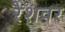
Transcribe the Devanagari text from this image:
रैशवर